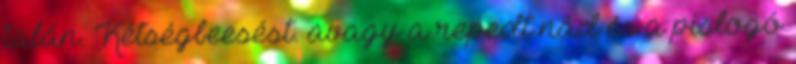
talán. Kétségbeesést. avagy a repedt nád és a pislogó